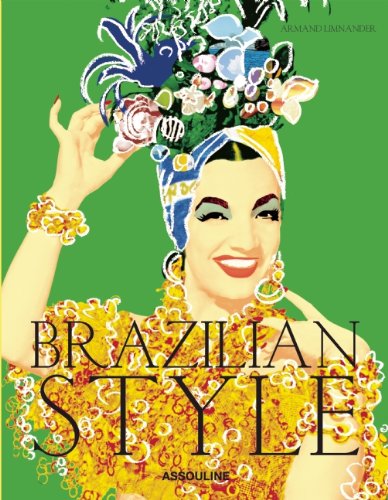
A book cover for Brazilian Style; Travel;